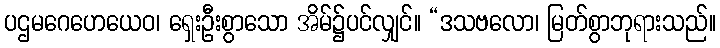
ပဌမဂေဟေယေဝ၊ ရှေးဦးစွာသော အိမ်၌ပင်လျှင်။ “ဒသဗလော၊ မြတ်စွာဘုရားသည်။